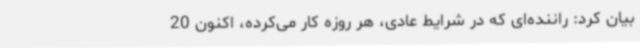
بیان کرد: راننده‌ای که در شرایط عادی، هر روزه کار می‌کرده، اکنون 20